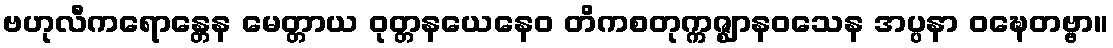
ဗဟုလီကရောန္တေန မေတ္တာယ ဝုတ္တနယေနေဝ တိကစတုက္ကဇ္ဈာနဝသေန အပ္ပနာ ဝဍ္ဎေတဗ္ဗာ။